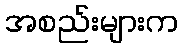
အစည်းများက